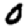
Digit: 0